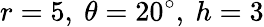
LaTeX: r=5,\ \theta=20^{\circ},\ h=3